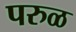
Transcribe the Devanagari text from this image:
परुळ